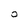
Character: O